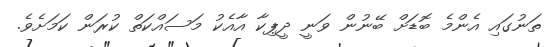
ތަނުގައި އެންމެ ބޮޑަށް ބޭނުން ވަނީ ދީޕިކާ އާއެކު މަސައްކަތް ކުރަން ކަމަށެވެ.